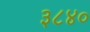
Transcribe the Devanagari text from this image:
३८४०